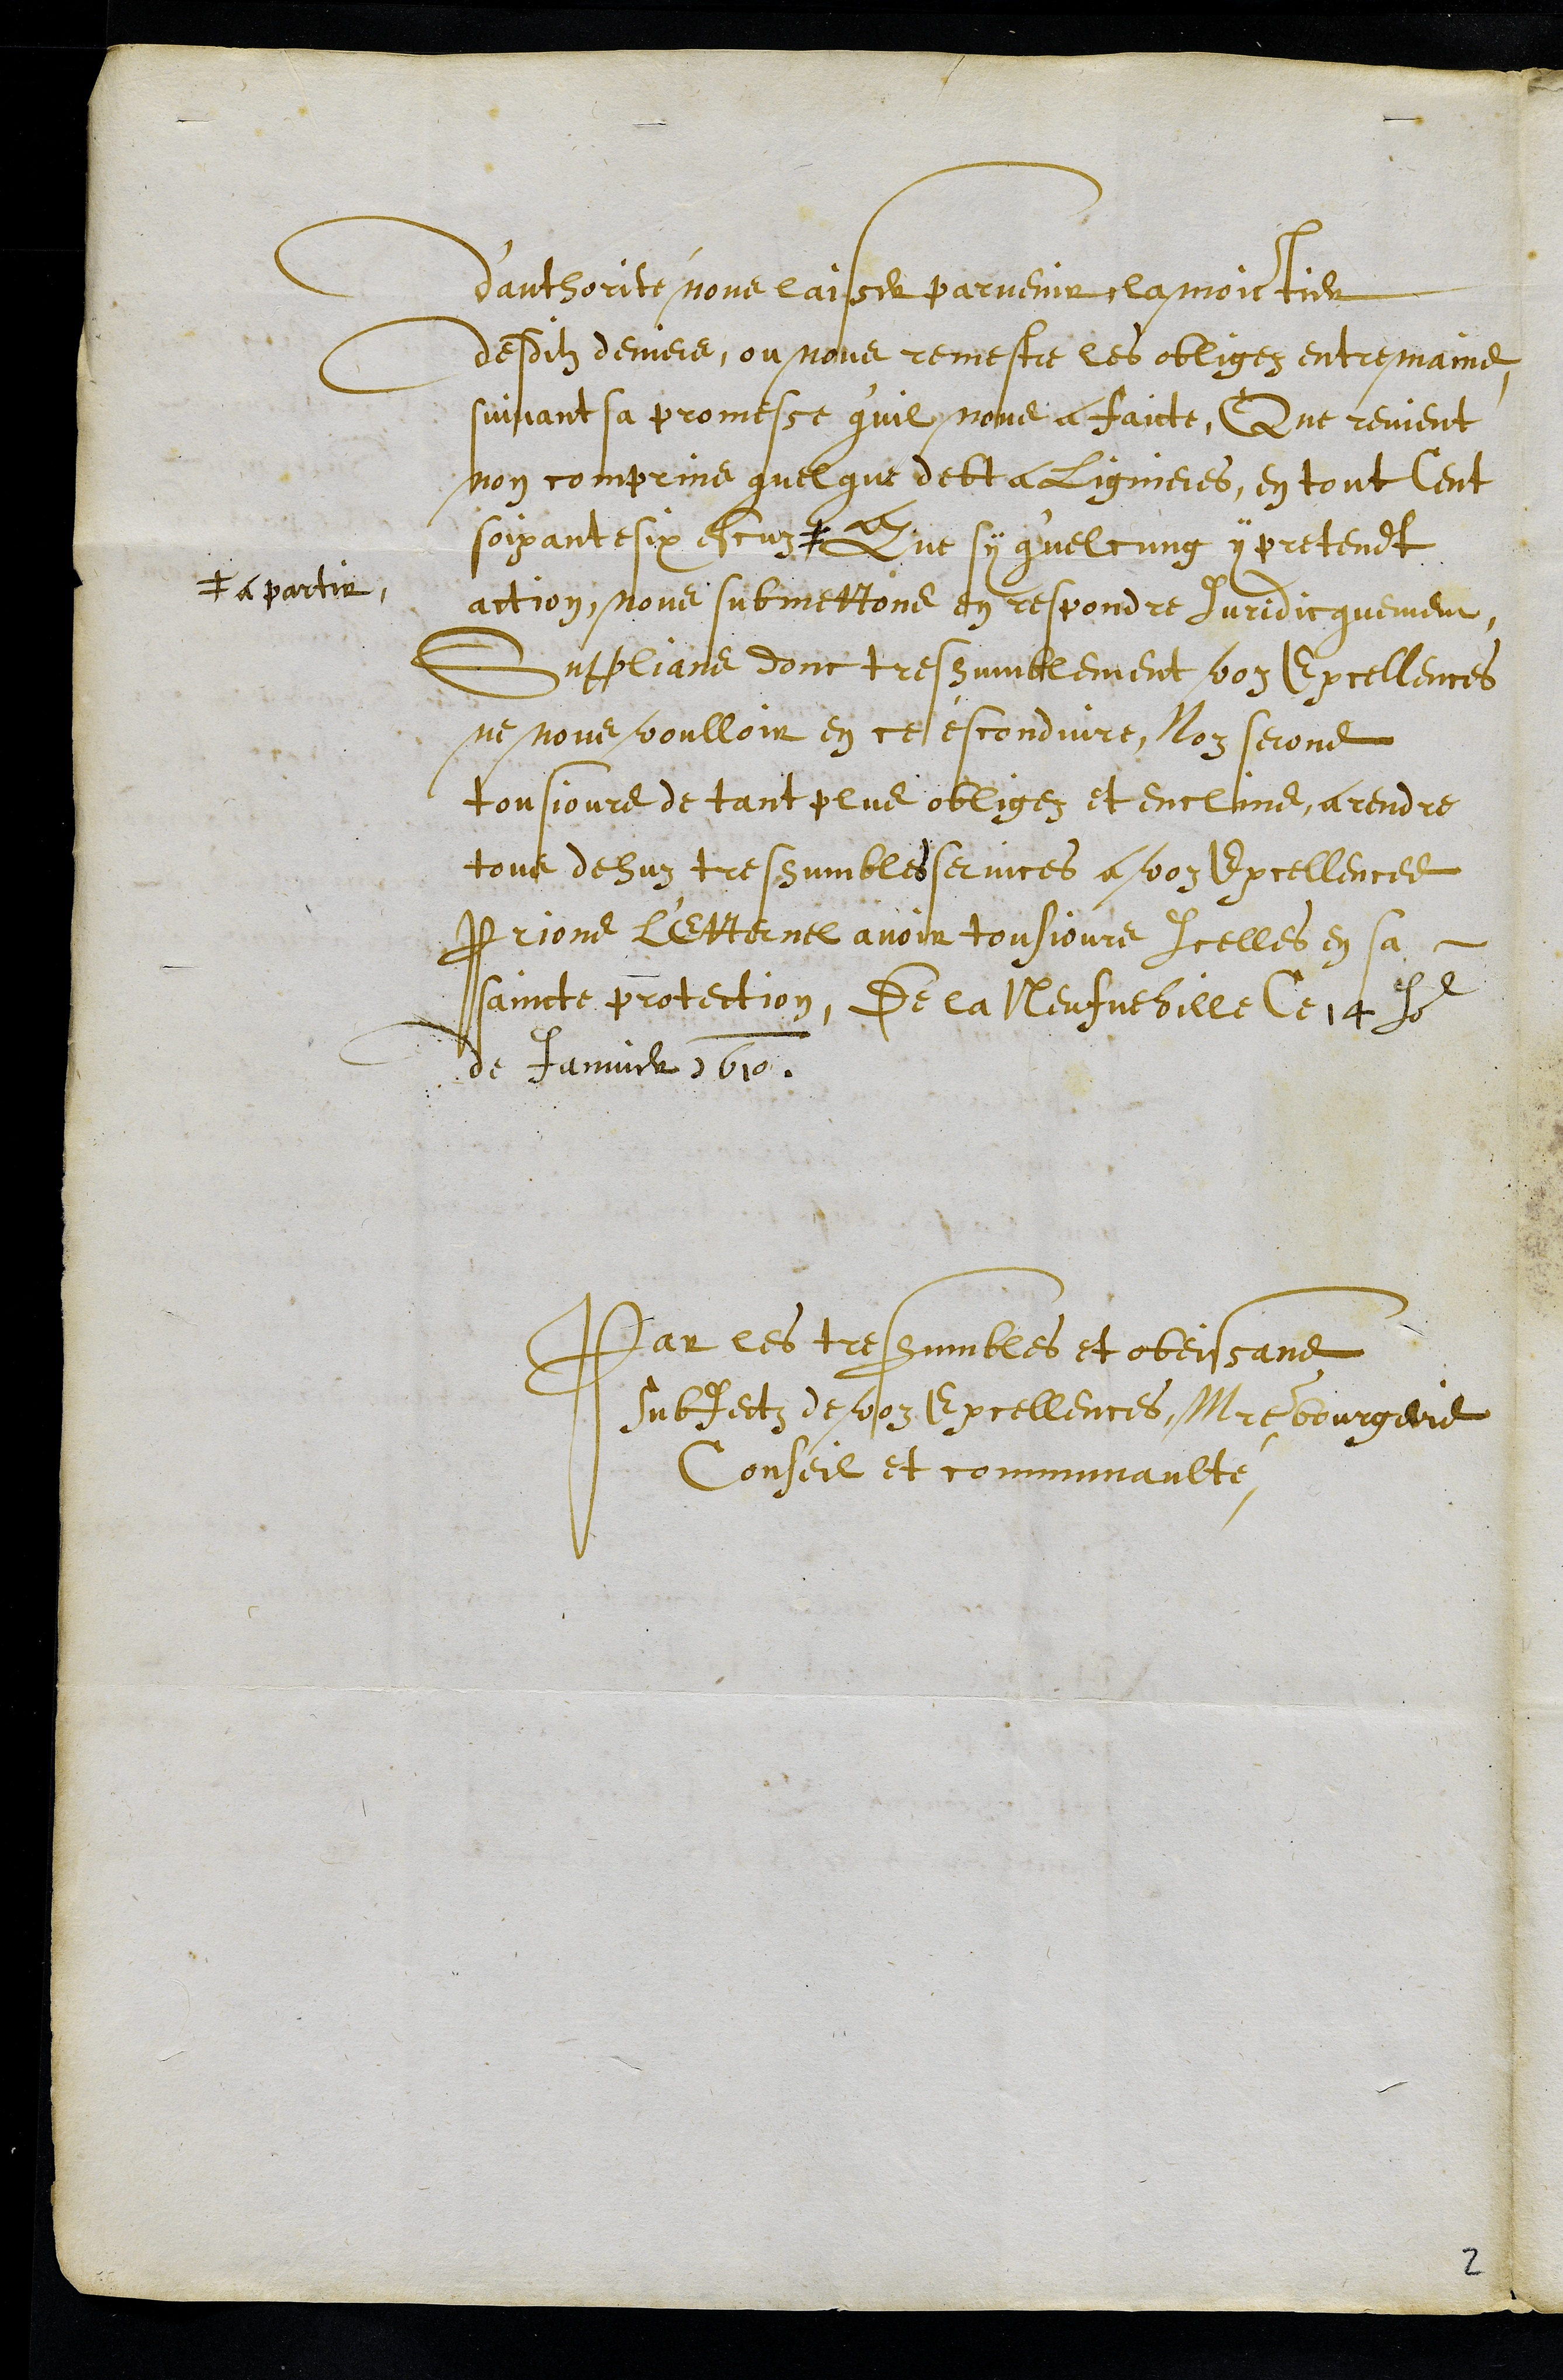
d'authorité nous laisser parvenir, la moictier
desditz deniers, ou nous remestre les obligez entre mains
suivant sa promesse q'uil nous a faicte, Que revient
non comprins quelque debt a Lignieres, en tout Cent
soixante six escuz #
# a partir,
Que sy q'uelcung  y pretendt
action, nous submettons en respondre Juridicquement,
Supplians donc tres humblement voz Excellences
ne nous voulloir en ce esconduire, Noz serons
tousjours de tant plus obligez et enclins, a rendre
tous dehuz tres humbles services a voz Excellences
Prions L'Etternel avoir tousjours Icelles en sa
saincte protection, De la Neufveville Ce 14 Jour
de Janvier 1610.
Par les tres humbles et obeissans
subjectz de voz Excellences, Maistre bourgeois
Conseil et communaulté
2